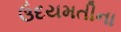
ઉદયમતીના